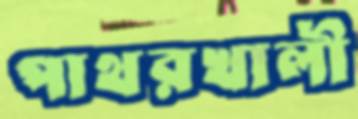
পাথরখালী